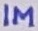
Text: 1M